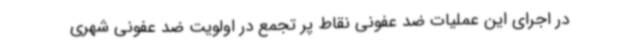
در اجرای این عملیات ضد عفونی نقاط پر تجمع در اولویت ضد عفونی شهری